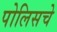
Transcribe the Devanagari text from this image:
पोलिसचे